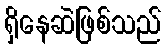
ရှိနေဆဲဖြစ်သည်